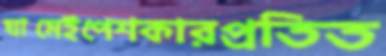
ঘামেইপেশকারপ্রতিত